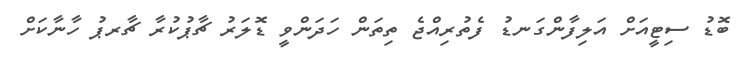
ބޮޑު ސިޓީއަށް އަލިފާންގަނޑު ފެތުރިއްޖެ ތިތަން ހަދަންވީ ޑޮލަރު ޗާޕުކުރާ ޗާރޕު ހާނާކަށް